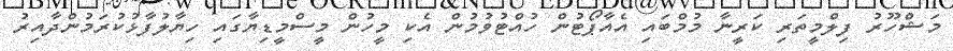
މަޝްހޫރު ފިލްމީތަރި ކަރީނާ މުމްބައި އެއާޕޯޓުން ހުއްޓުވުމުން އެކި މީހުން މީސްމީޑިޔާގައި ހިޔާލުފާޅުކުރަމުންދާއިރު